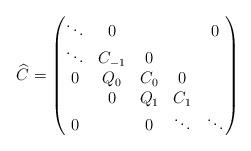
LaTeX: \begin{align*}\widehat C=\left( \begin{matrix} \ddots & 0& & &0\\ \ddots & C_{-1} & 0& &\\ 0 & Q_0 & C_0 & 0 \\ & 0& Q_1 & C_1 & \\ 0& & 0& \ddots &\ddots \end{matrix}\right)\end{align*}